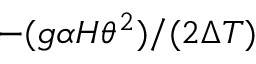
- ( g \alpha H \theta ^ { 2 } ) / ( 2 \Delta T )